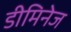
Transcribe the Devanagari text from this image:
डीमिनेज